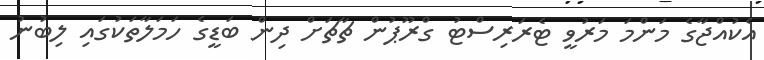
އެކުއްޖާގެ މަންމަ މަރުވީ ޓެރަރިސްޓު ގްރޫޕުން ޗާޗަށް ދިން ބަޑީގެ ހަމަލާތަކުގައި ލިބުނު